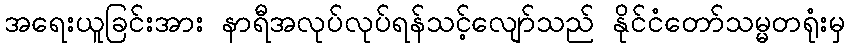
အရေးယူခြင်းအား နာရီအလုပ်လုပ်ရန်သင့်လျော်သည် နိုင်ငံတော်သမ္မတရုံးမှ